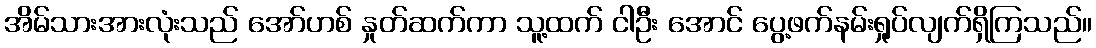
အိမ်သားအားလုံးသည် အော်ဟစ် နှုတ်ဆက်ကာ သူ့ထက် ငါဦး အောင် ပွေ့ဖက်နမ်းရှုပ်လျက်ရှိကြသည်။